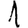
Digit: 1